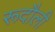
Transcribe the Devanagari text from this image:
रूदौली